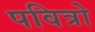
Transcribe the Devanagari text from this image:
पवित्रो